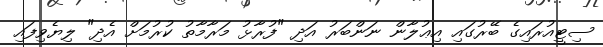
ސިޓީއުރައިގެ ބޭރުގައި އިޢުލާން ނަންބަރު އަދި "ފުރާޅު މަރާމާތު ކުރުމަށް އެދި" ލިޔެވިފައި